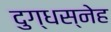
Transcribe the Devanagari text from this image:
दुग्धस्नेह